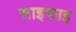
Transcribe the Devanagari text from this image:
साइफाइ